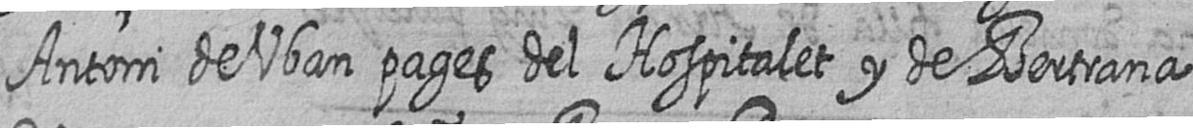
Antoni de Uban pages del Hospitalet y de Bertrana